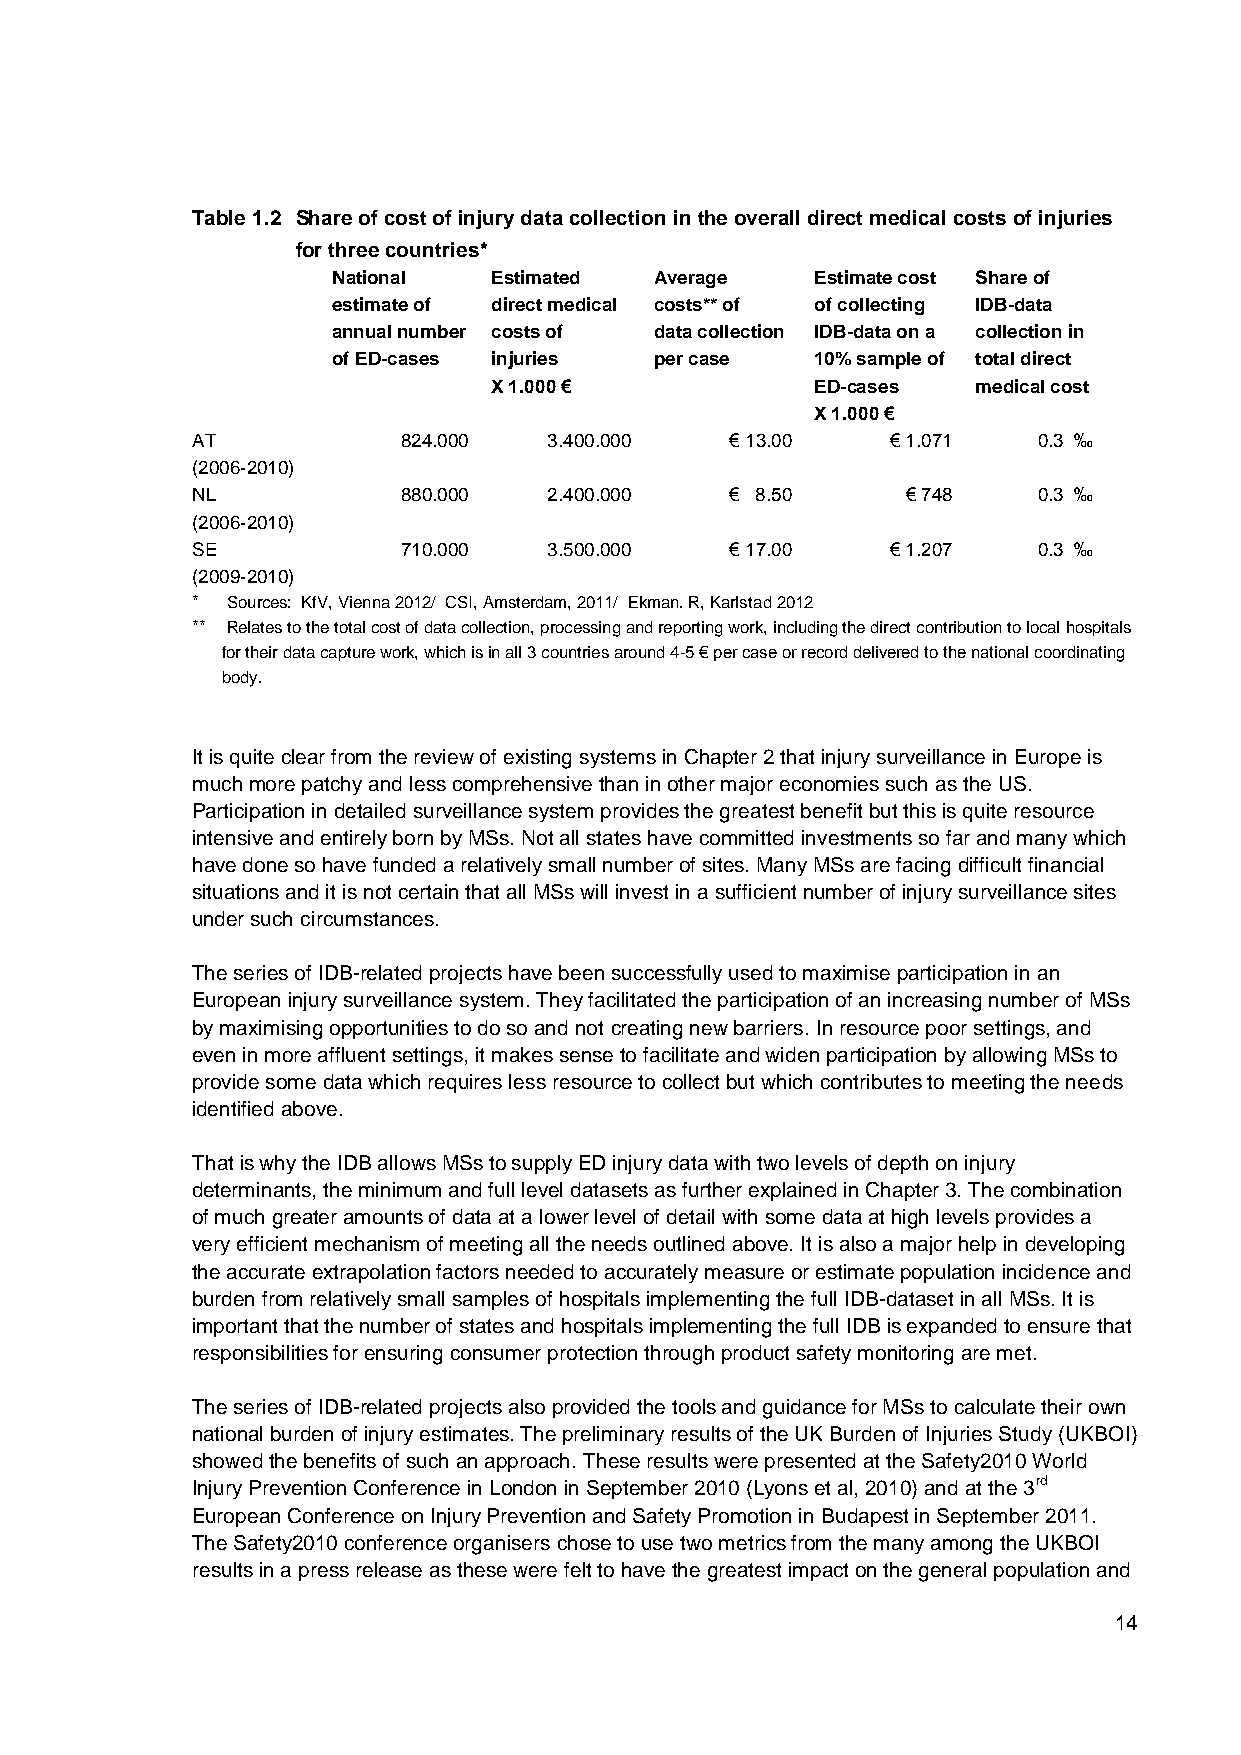
Table 1.2 Share of cost of injury data collection in the overall direct medical costs of injuries
 for three countries*
 National  Estimated  Average    Estimate cost Share of
 estimate of direct medical costs** of of collecting IDB-data
 annual number costs of data collection IDB-data on a collection in
 of ED-cases injuries per case   10% sample of total direct
 X 1.000 €             ED-cases   medical cost
 X 1.000 €
 AT            824.000  3.400.000   € 13.00    € 1.071   0.3 ‰
 (2006-2010)
 NL            880.000  2.400.000   € 8.50      € 748    0.3 ‰
 (2006-2010)
 SE            710.000  3.500.000   € 17.00    € 1.207   0.3 ‰
 (2009-2010)
 * Sources: KfV, Vienna 2012/ CSI, Amsterdam, 2011/ Ekman. R, Karlstad 2012
 ** Relates to the total cost of data collection, processing and reporting work, including the direct contribution to local hospitals
 for their data capture work, which is in all 3 countries around 4-5 € per case or record delivered to the national coordinating
 body.
 It is quite clear from the review of existing systems in Chapter 2 that injury surveillance in Europe is
 much more patchy and less comprehensive than in other major economies such as the US.
 Participation in detailed surveillance system provides the greatest benefit but this is quite resource
 intensive and entirely born by MSs. Not all states have committed investments so far and many which
 have done so have funded a relatively small number of sites. Many MSs are facing difficult financial
 situations and it is not certain that all MSs will invest in a sufficient number of injury surveillance sites
 under such circumstances.
 The series of IDB-related projects have been successfully used to maximise participation in an
 European injury surveillance system. They facilitated the participation of an increasing number of MSs
 by maximising opportunities to do so and not creating new barriers. In resource poor settings, and
 even in more affluent settings, it makes sense to facilitate and widen participation by allowing MSs to
 provide some data which requires less resource to collect but which contributes to meeting the needs
 identified above.
 That is why the IDB allows MSs to supply ED injury data with two levels of depth on injury
 determinants, the minimum and full level datasets as further explained in Chapter 3. The combination
 of much greater amounts of data at a lower level of detail with some data at high levels provides a
 very efficient mechanism of meeting all the needs outlined above. It is also a major help in developing
 the accurate extrapolation factors needed to accurately measure or estimate population incidence and
 burden from relatively small samples of hospitals implementing the full IDB-dataset in all MSs. It is
 important that the number of states and hospitals implementing the full IDB is expanded to ensure that
 responsibilities for ensuring consumer protection through product safety monitoring are met.
 The series of IDB-related projects also provided the tools and guidance for MSs to calculate their own
 national burden of injury estimates. The preliminary results of the UK Burden of Injuries Study (UKBOI)
 showed the benefits of such an approach. These results were presented at the Safety2010 World
 Injury Prevention Conference in London in September 2010 (Lyons et al, 2010) and at the 3rd
 European Conference on Injury Prevention and Safety Promotion in Budapest in September 2011.
 The Safety2010 conference organisers chose to use two metrics from the many among the UKBOI
 results in a press release as these were felt to have the greatest impact on the general population and
 14